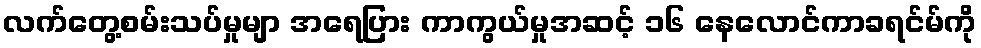
လက်တွေ့စမ်းသပ်မှုမျာ အရေပြား ကာကွယ်မှုအဆင့် ၁၆ နေလောင်ကာခရင်မ်ကို